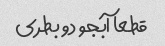
قطعا آبجو دو بطری